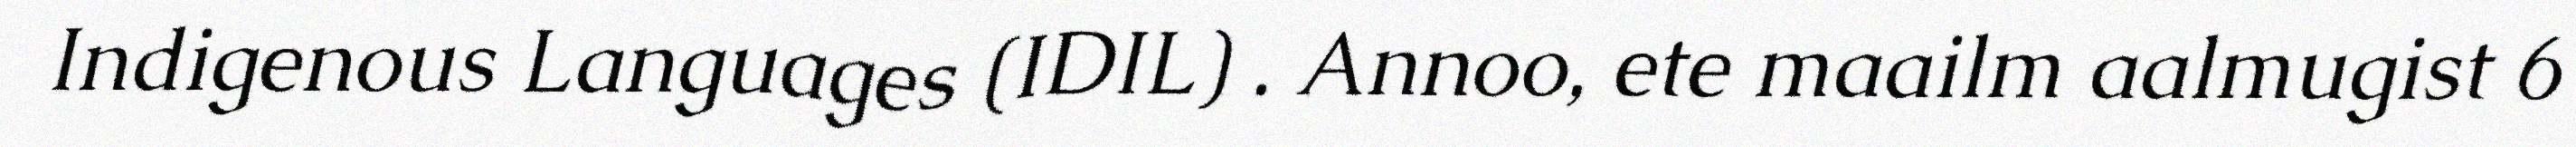
Indigenous Languages (IDIL) . Annoo, ete maailm aalmugist 6